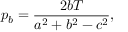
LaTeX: p _ { b } = { \frac { 2 b T } { a ^ { 2 } + b ^ { 2 } - c ^ { 2 } } } ,